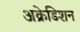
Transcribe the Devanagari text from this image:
अक्रेडिशन